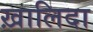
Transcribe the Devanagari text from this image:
ख़ालिदा